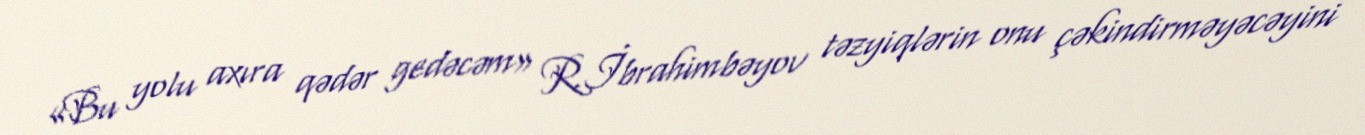
«Bu yolu axıra qədər gedəcəm» R.İbrahimbəyov təzyiqlərin onu çəkindirməyəcəyini